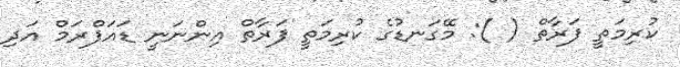
ކުރިމަތީ ފަރާތް ( ): މޭގަނޑުގެ ކުރިމަތީ ފަރާތް އިންނަނީ ޑައަފްރަމް އަދި